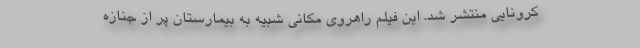
کرونایی منتشر شد. این فیلم راهروی مکانی شبیه به بیمارستان پر از جنازه